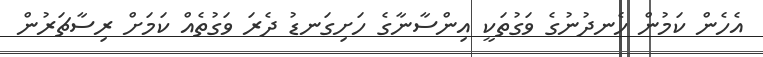
އެހެން ކަމުން ހެނދުނުގެ ވަގުތަކީ އިންސާނާގެ ހަށިގަނޑު ދެރަ ވަގުތެއް ކަމަށް ރިސާޗަރުން